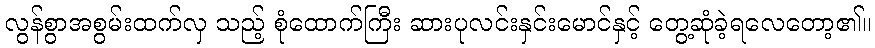
လွန်စွာအစွမ်းထက်လှ သည့် စုံထောက်ကြီး ဆားပုလင်းနှင်းမောင်နှင့် တွေ့ဆုံခဲ့ရလေတော့၏။